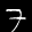
Label: 7